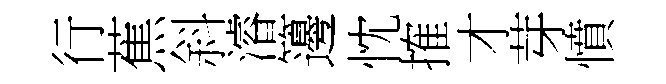
行蕉斜濬籩忱搉才芽憤